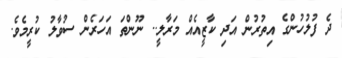
ދެ ފުލުހުންގެ އިތުރުން އަދި ކާޒީއެއް މަރާލީ.. ނޫންތަ އަހަރެން ސުވާލު ކުރީމެވެ.